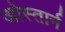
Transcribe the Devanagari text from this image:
ओस्तार्न